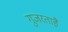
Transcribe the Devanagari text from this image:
गुजरताहै